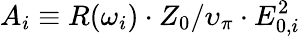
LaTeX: A_{i}\equiv R(\omega_{i})\cdot Z_{0}/\upsilon_{\pi}\cdot E_{0,i}^{2}